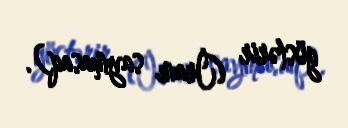
göstərir (İranı saymasaq).